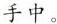
手中。